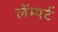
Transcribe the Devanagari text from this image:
लॅम्पर्ट